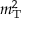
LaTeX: m _ { \mathrm { T } } ^ { 2 }